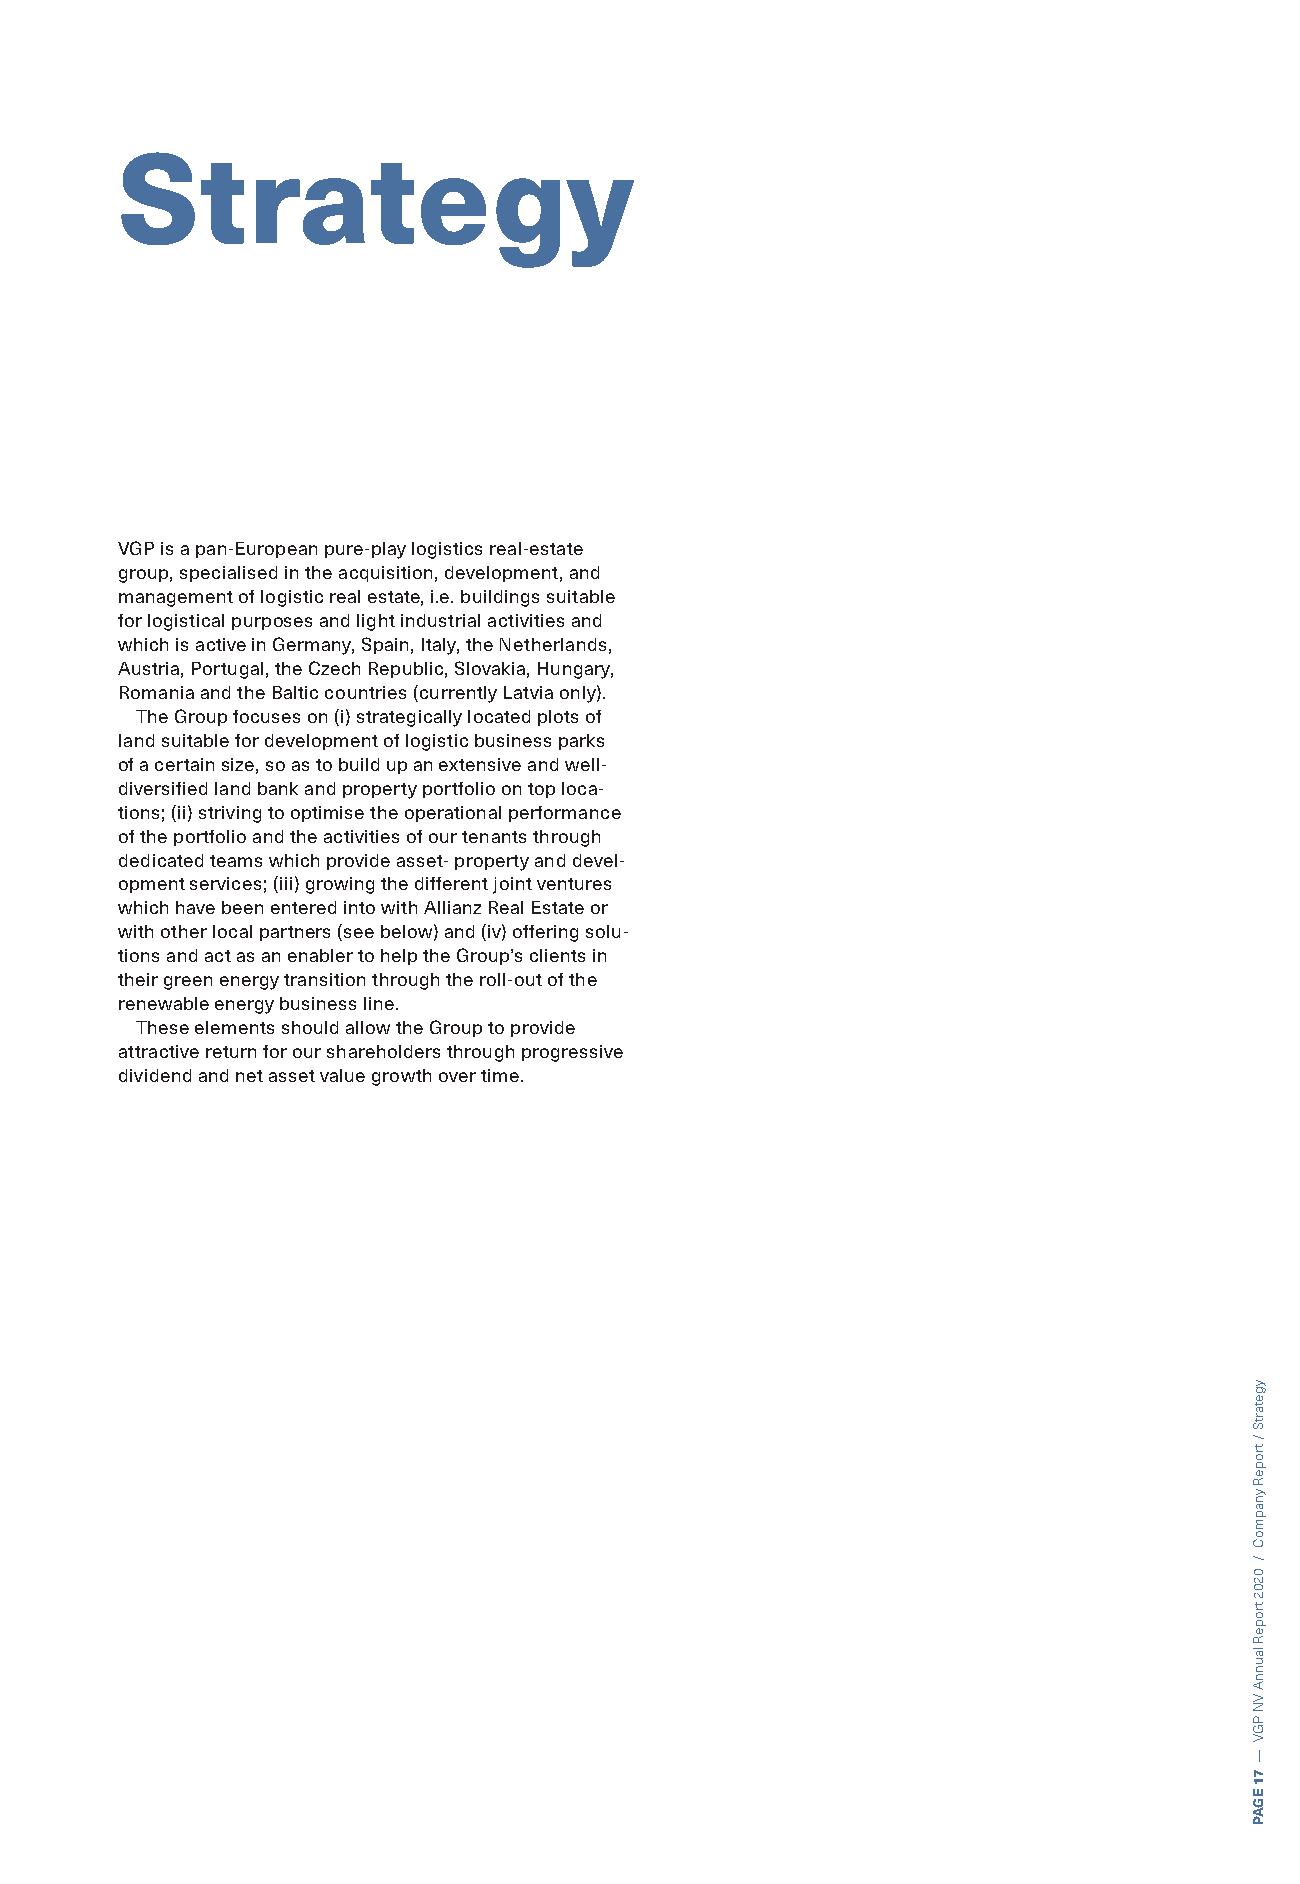
Strategy
 VGP is a pan-European pure-play logistics real-estate
 group, specialised in the acquisition, development, and
 management of logistic real estate, i.e. buildings suitable
 for logistical purposes and light industrial activities and
 which is active in Germany, Spain, Italy, the Netherlands,
 Austria, Portugal, the Czech Republic, Slovakia, Hungary,
 Romania and the Baltic countries (currently Latvia only).
 The Group focuses on (i) strategically located plots of
 land suitable for development of logistic business parks
 of a certain size, so as to build up an extensive and well-
 diversified land bank and property portfolio on top loca-
 tions; (ii) striving to optimise the operational performance
 of the portfolio and the activities of our tenants through
 dedicated teams which provide asset- property and devel-
 opment services; (iii) growing the different joint ventures
 which have been entered into with Allianz Real Estate or
 with other local partners (see below) and (iv) offering solu-
 tions and act as an enabler to help the Group’s clients in
 their green energy transition through the roll-out of the
 renewable energy business line.
 These elements should allow the Group to provide
 attractive return for our shareholders through progressive
 dividend and net asset value growth over time.
 ygetartS
 /
 tropeR
 ynapmoC
 /
 0202
 tropeR
 launnA
 VN
 PGV
 —
 71
 EGAP